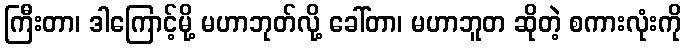
ကြီးတာ၊ ဒါကြောင့်မို့ မဟာဘုတ်လို့ ခေါ်တာ၊ မဟာဘူတ ဆိုတဲ့ စကားလုံးကို